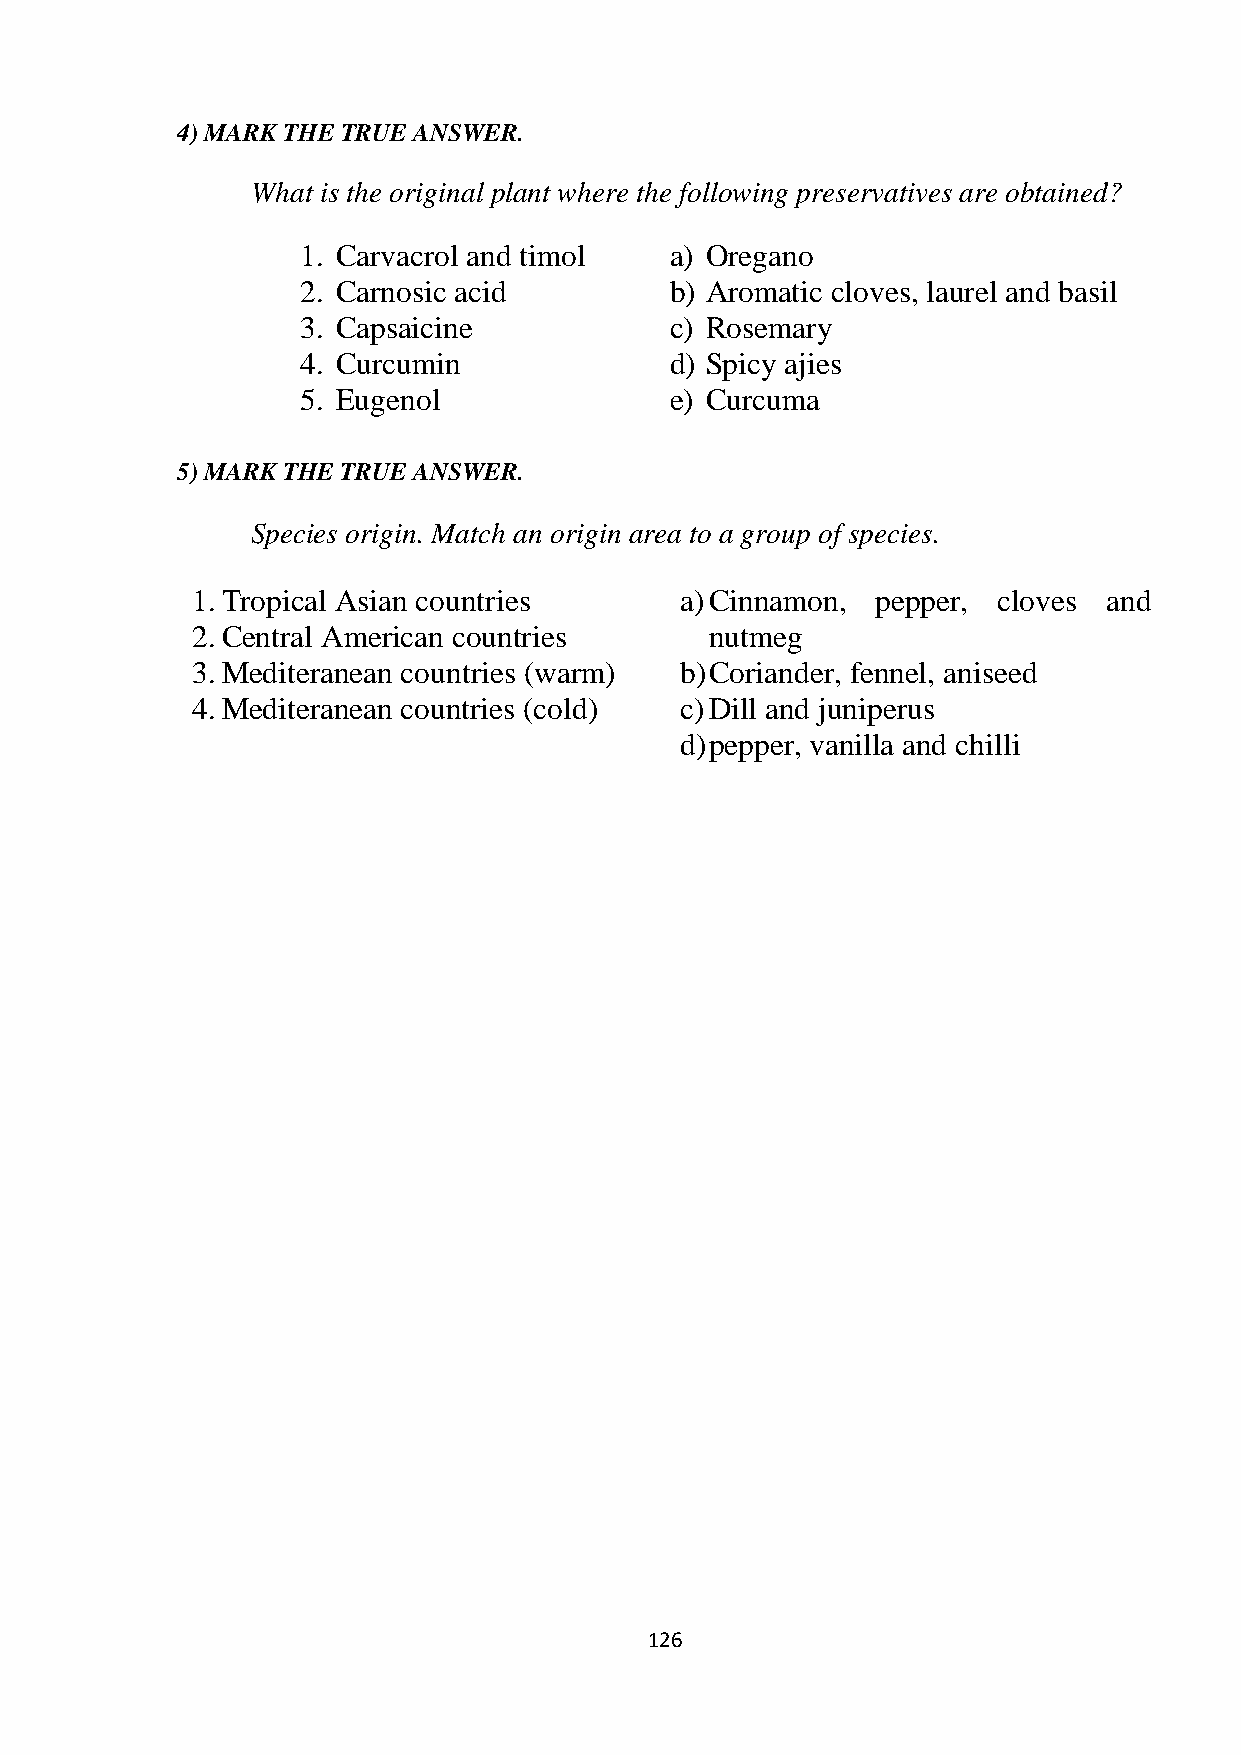
4) MARK THE TRUE ANSWER.
 What is the original plant where the following preservatives are obtained?
 1. Carvacrol and timol  a) Oregano
 2. Carnosic acid        b) Aromatic cloves, laurel and basil
 3. Capsaicine           c) Rosemary
 4. Curcumin             d) Spicy ajies
 5. Eugenol              e) Curcuma
 5) MARK THE TRUE ANSWER.
 Species origin. Match an origin area to a group of species.
 1. Tropical Asian countries     a) Cinnamon, pepper, cloves and
 2. Central American countries     nutmeg
 3. Mediteranean countries (warm) b) Coriander, fennel, aniseed
 4. Mediteranean countries (cold) c) Dill and juniperus
 d) pepper, vanilla and chilli
 126